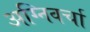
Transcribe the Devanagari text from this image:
अग्निवर्चा